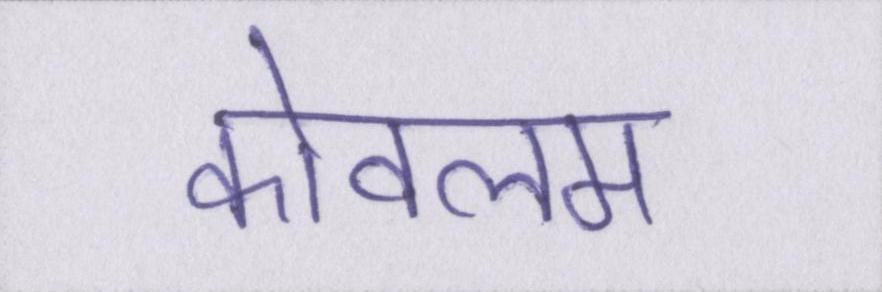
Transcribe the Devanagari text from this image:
कोवलम